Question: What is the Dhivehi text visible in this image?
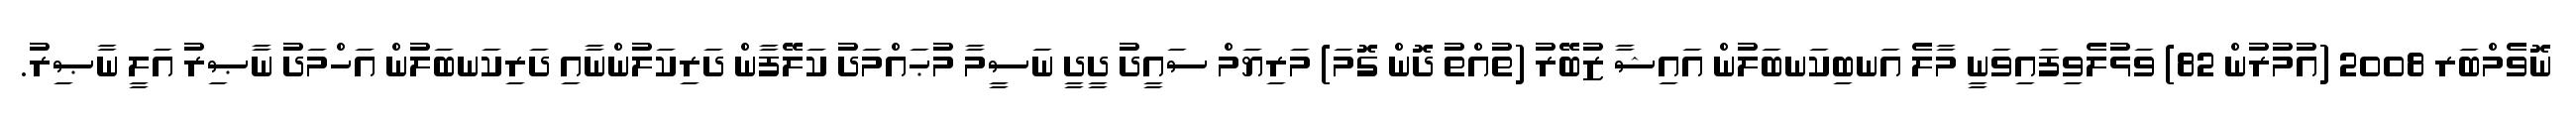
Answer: ނޮވެމްބަރ 2008 (އުމުރުން 82) ވަޅުލެވިފައިވަނީ މާލެ އަނބިކަނބަލުން އައިޝާ ޒުބޭރު (ތުއްތު ދޮން ގޮމަ) މަރިޔަމް ސައީދު ދީދީ ނަސީމާ މުޙައްމަދު ކަލޭފާން ދަރިކަލުންނާއި ދަރިކަނބަލުން އަހްމަދު ނާޞިރު އަލީ ނާޞިރު.